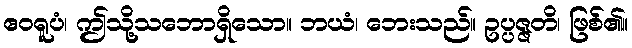
ဧဝရူပံ၊ ဤသို့သဘောရှိသော။ ဘယံ၊ ဘေးသည်။ ဥပ္ပဇ္ဇတိ၊ ဖြစ်၏။